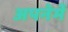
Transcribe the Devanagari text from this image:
अपनेमेँ